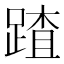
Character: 蹅